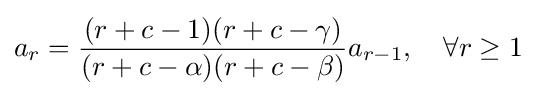
a_{r}={\frac {(r+c-1)(r+c-\gamma )}{(r+c-\alpha )(r+c-\beta )}}a_{r-1},\quad \forall r\geq 1